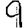
Digit: 9